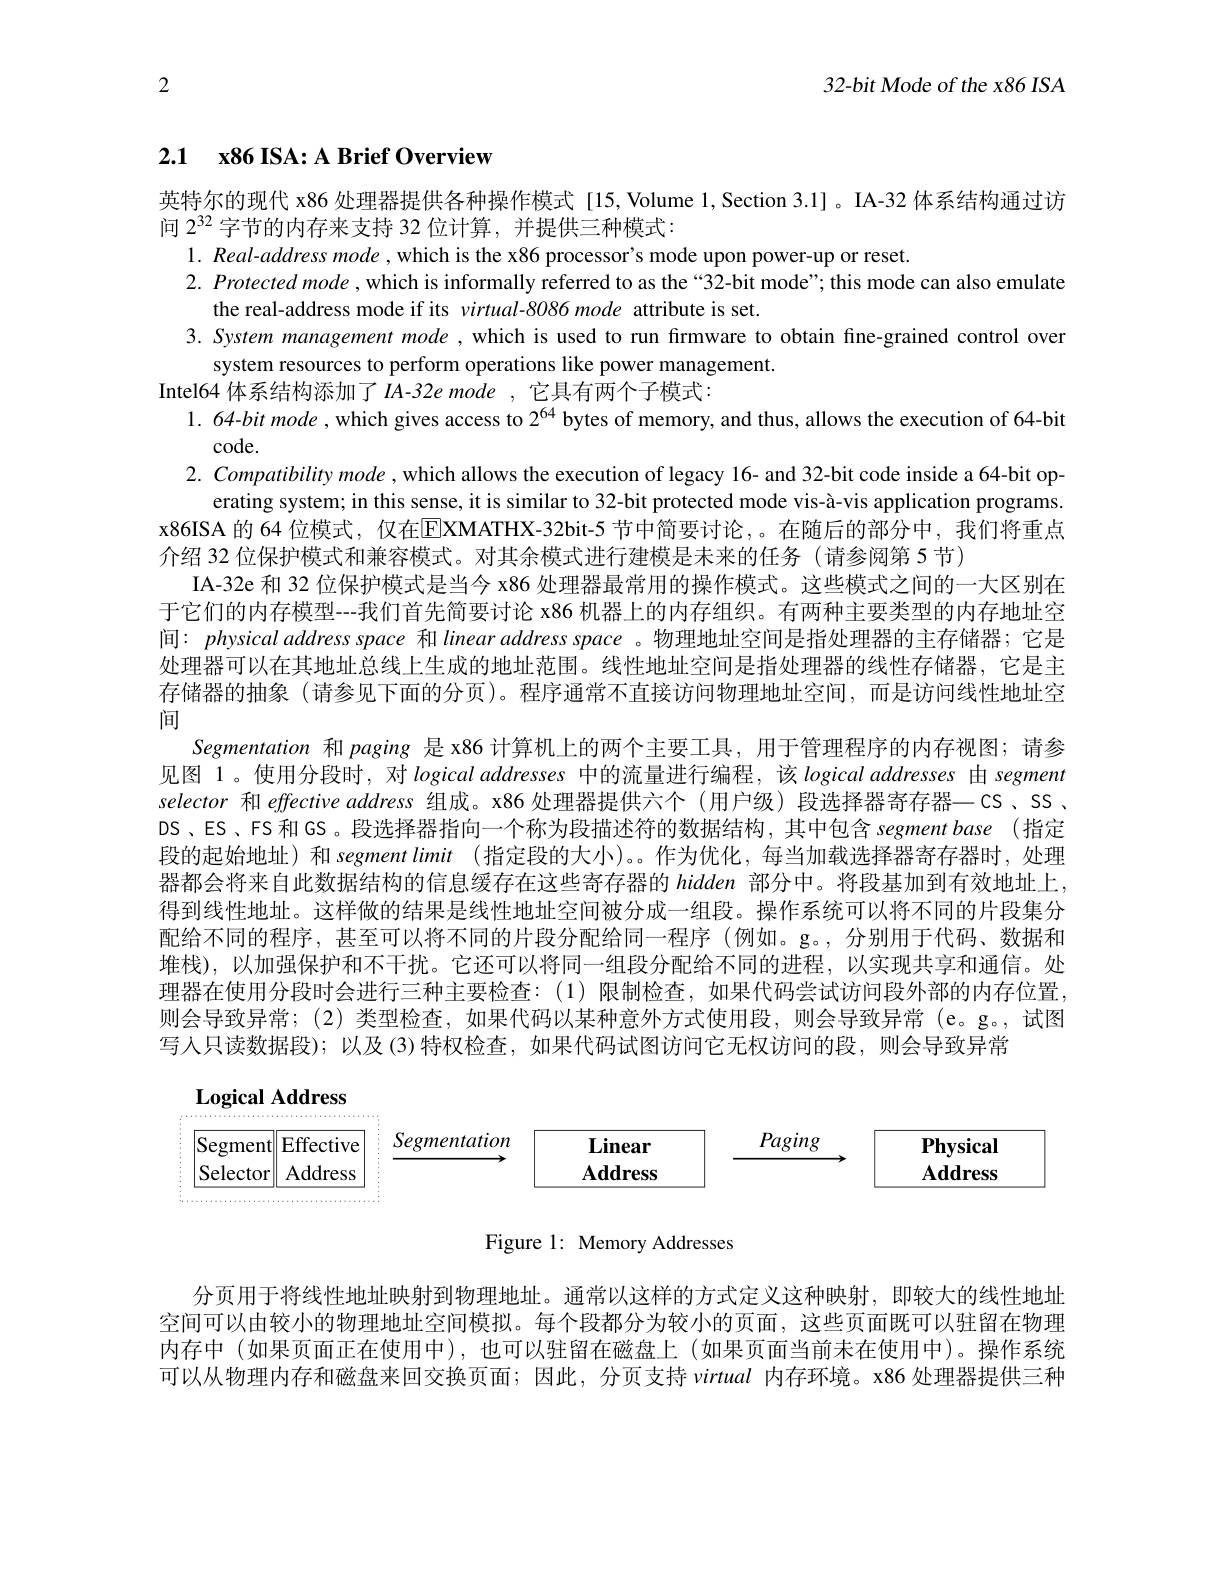
2

32-bit Mode of the x86 ISA

# 2.1 x86 ISA: A Brief Overview

英特尔的现代 x86 处理器提供各种操作模式 [15, Volume 1, Section 3.1] 。IA-32 体系结构通过访
问$2^{32}$字节的内存来支持 32 位计算，并提供三种模式：
$1. \textit{Real- address mode, which is the x86 processor' s mode upon power- up or reset. }$
$2. \textit{ Protected mode, which is informally referred to as the“ 32- bit mode” ; this mode can also emulate}$
the real-address mode if its virtual-8086 mode attribute is set.
3. System management mode , which is used to run frmware to obtain fine-grained control over
system resources to perform operations like power management.
Intel64 体系结构添加了 IA-32e mode ,它具有两个子模式：
1. 64-bit mode, which gives access to $2^{64}$ bytes of memory, and thus, allows the execution of 64-bit
$code.$
2. Compatibility mode , which allows the execution of legacy 16- and 32-bit code inside a 64-bit op-
erating system; in this sense, it is similar to 32-bit protected mode vis-à-vis application programs. x86ISA 的 64 位模式，仅在$\boxed{\mathrm{E}}$XMATHX-32bit-5 节中简要讨论，。在随后的部分中，我们将重点介绍 32 位保护模式和兼容模式。对其余模式进行建模是未来的任务 (请参阅第 5 节)
IA-32e 和 32 位保护模式是当今 x86 处理器最常用的操作模式。这些模式之间的一大区别在于它们的内存模型---我们首先简要讨论 x86 机器上的内存组织。有两种主要类型的内存地址空间：physicaladdressspace和 linear address space 。物理地址空间是指处理器的主存储器；它是处理器可以在其地址总线上生成的地址范围。线性地址空间是指处理器的线性存储器，它是主存储器的抽象(请参见下面的分页)。程序通常不直接访问物理地址空间，而是访问线性地址空间
Segmentation 和 paging 是 x86 计算机上的两个主要工具，用于管理程序的内存视图；请参见图 1 。使用分段时，对logicaladdresses中的流量进行编程，该logical addresses 由 segment selector 和 effective address 组成。x86 处理器提供六个 (用户级) 段选择器寄存器—CS、SS、 DS、ES、FS 和 GS。段选择器指向一个称为段描述符的数据结构，其中包含 segment base (指定段的起始地址)和 segment limit (指定段的大小)。。作为优化，每当加载选择器寄存器时，处理器都会将来自此数据结构的信息缓存在这些寄存器的 hidden 部分中。将段基加到有效地址上， 得到线性地址。这样做的结果是线性地址空间被分成一组段。操作系统可以将不同的片段集分配给不同的程序，甚至可以将不同的片段分配给同一程序(例如。g。,分别用于代码、数据和堆栈),以加强保护和不干扰。它还可以将同一组段分配给不同的进程，以实现共享和通信。处理器在使用分段时会进行三种主要检查：(1)限制检查，如果代码尝试访问段外部的内存位置。则会导致异常；(2)类型检查，如果代码以某种意外方式使用段，则会导致异常 (e。g。,试图写入只读数据段);以及(3)特权检查，如果代码试图访问它无权访问的段，则会导致异常

$\mathbf{Logical~Address}$
Segment
<FigureHere>
Selector

Figure 1: Memory Addresses

分页用于将线性地址映射到物理地址。通常以这样的方式定义这种映射，即较大的线性地址空间可以由较小的物理地址空间模拟。每个段都分为较小的页面，这些页面既可以驻留在物理内存中(如果页面正在使用中),也可以驻留在磁盘上(如果页面当前未在使用中)。操作系统可以从物理内存和磁盘来回交换页面；因此，分页支持virtual内存环境。x86 处理器提供三种